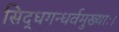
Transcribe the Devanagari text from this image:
सिद्धगन्धर्वमुख्याः।